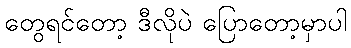
တွေရင်တော့ ဒီလိုပဲ ပြောတော့မှာပါ